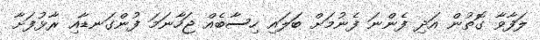
ލަފާވާ ގޮތުން އަދި ފެންނަ ފެނުމަށް ބަލައި ހިސާބެއް ޖަހާނަމަ ފުންގަނޑާއި ރާޅުފަށާ